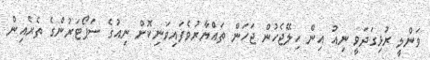
ވަންލީ ރުޅިގަދަވީ ނިއު އިން ހިލޭޖެހުން ޖަހަން ތައްޔާރުވެފައިވަނިކޮށް ނިއުގެ ސަޕޯޓަރުންގެ ތެރެއިން